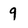
Character: 9